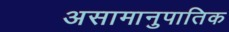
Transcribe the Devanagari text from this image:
असामानुपातिक